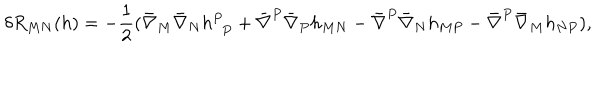
LaTeX: \delta R _ { M N } ( h ) = - { \frac { 1 } { 2 } } ( \bar { \nabla } _ { M } \bar { \nabla } _ { N } h _ { ~ ~ P } ^ { P } + \bar { \nabla } ^ { P } \bar { \nabla } _ { P } h _ { M N } - \bar { \nabla } ^ { P } \bar { \nabla } _ { N } h _ { M P } - \bar { \nabla } ^ { P } \bar { \nabla } _ { M } h _ { N P } ) ,